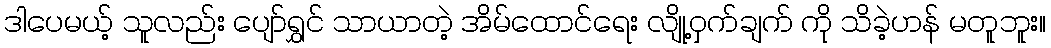
ဒါပေမယ့် သူလည်း ပျော်ရွှင် သာယာတဲ့ အိမ်ထောင်ရေး လျို့ဝှက်ချက် ကို သိခဲ့ဟန် မတူဘူး။